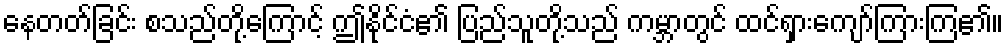
နေတတ်ခြင်း စသည်တို့ကြောင့် ဤနိုင်ငံ၏ ပြည်သူတို့သည် ကမ္ဘာတွင် ထင်ရှားကျော်ကြားကြ၏။